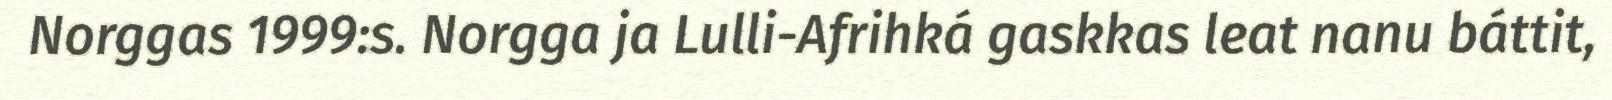
Norggas 1999:s. Norgga ja Lulli-Afrihká gaskkas leat nanu báttit,